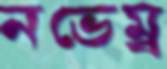
নভেম্ব